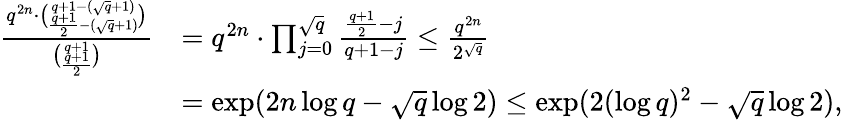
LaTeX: \begin{array}{rl}{\frac{q^{2n}\cdot\binom{q+1-(\sqrt{q}+1)}{\frac{q+1}{2}-(\sqrt{q}+1)}}{\binom{q+1}{\frac{q+1}{2}}}}&{=q^{2n}\cdot\prod_{j=0}^{\sqrt{q}}\frac{\frac{q+1}{2}-j}{q+1-j}\leq\frac{q^{2n}}{2^{\sqrt{q}}}}\\ &{=\exp(2n\log q-\sqrt{q}\log 2)\leq\exp(2(\log q)^{2}-\sqrt{q}\log 2),}\end{array}